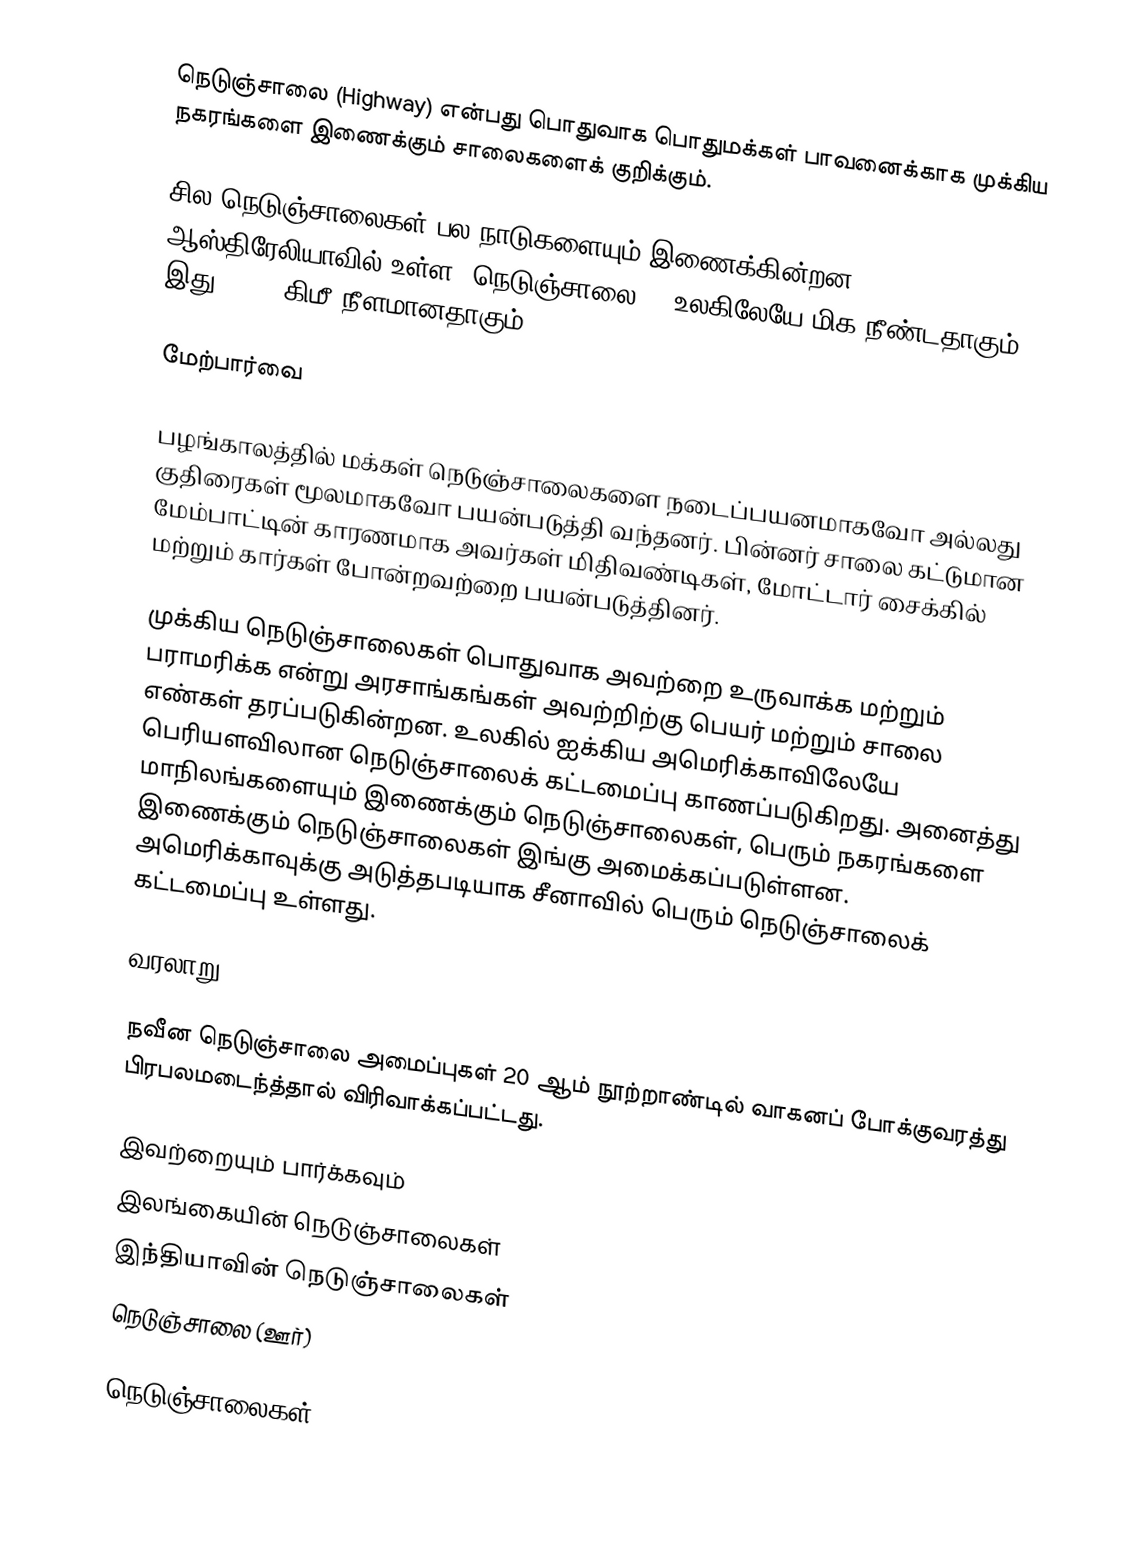
நெடுஞ்சாலை (Highway) என்பது பொதுவாக பொதுமக்கள் பாவனைக்காக முக்கிய நகரங்களை இணைக்கும் சாலைகளைக் குறிக்கும்.

சில நெடுஞ்சாலைகள் பல நாடுகளையும் இணைக்கின்றன. ஆஸ்திரேலியாவில் உள்ள "நெடுஞ்சாலை 1" உலகிலேயே மிக நீண்டதாகும். இது 20,000கிமீ நீளமானதாகும்.

மேற்பார்வை

பழங்காலத்தில் மக்கள் நெடுஞ்சாலைகளை நடைப்பயனமாகவோ அல்லது குதிரைகள் மூலமாகவோ பயன்படுத்தி வந்தனர். பின்னர் சாலை கட்டுமான மேம்பாட்டின் காரணமாக அவர்கள் மிதிவண்டிகள், மோட்டார் சைக்கில் மற்றும் கார்கள் போன்றவற்றை பயன்படுத்தினர்.

முக்கிய நெடுஞ்சாலைகள் பொதுவாக அவற்றை உருவாக்க மற்றும் பராமரிக்க என்று அரசாங்கங்கள் அவற்றிற்கு பெயர் மற்றும் சாலை எண்கள் தரப்படுகின்றன. உலகில் ஐக்கிய அமெரிக்காவிலேயே பெரியளவிலான நெடுஞ்சாலைக் கட்டமைப்பு காணப்படுகிறது. அனைத்து மாநிலங்களையும் இணைக்கும் நெடுஞ்சாலைகள், பெரும் நகரங்களை இணைக்கும் நெடுஞ்சாலைகள் இங்கு அமைக்கப்படுள்ளன. அமெரிக்காவுக்கு அடுத்தபடியாக சீனாவில் பெரும் நெடுஞ்சாலைக் கட்டமைப்பு உள்ளது.

வரலாறு

நவீன நெடுஞ்சாலை அமைப்புகள் 20 ஆம் நூற்றாண்டில் வாகனப் போக்குவரத்து பிரபலமடைந்த்தால் விரிவாக்கப்பட்டது.

இவற்றையும் பார்க்கவும்
 இலங்கையின் நெடுஞ்சாலைகள்
 இந்தியாவின் நெடுஞ்சாலைகள்
 நெடுஞ்சாலை (ஊர்)

நெடுஞ்சாலைகள்